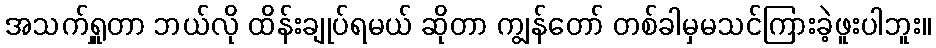
အသက်ရှူတာ ဘယ်လို ထိန်းချုပ်ရမယ် ဆိုတာ ကျွန်တော် တစ်ခါမှမသင်ကြားခဲ့ဖူးပါဘူး။